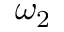
\omega _ { 2 }